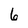
Character: 6